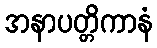
အနာပတ္တိကာနံ